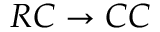
R C \to C C